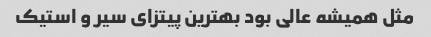
مثل همیشه عالی بود بهترین پیتزای سیر و استیک